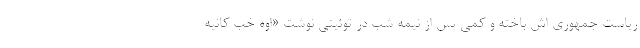
ریاست جمهوری اش باخته و کمی پس از نیمه شب در توئیتی نوشت «اوه خب کانیه